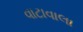
વાટાવાલા